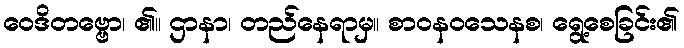
ဝေဒိတဗ္ဗော၊ ၏။ ဌာနာ၊ တည်နေရာမှ။ စာဝနဝသေနစ၊ ရွေ့စေခြင်း၏